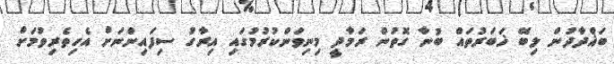
ބަޣްދާދުން ލިބޭ ޚަބަރުތައް ބުނާ ގޮތުން ރަމާދީ މިނިވަންކުރުމުގައި އިރާގު ސިފައިންނަށް އެހިތެރިވުމަށް